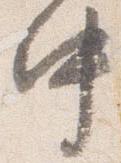
中